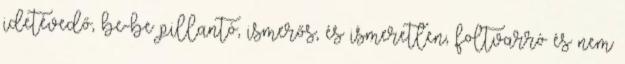
idetévedő, be-be pillantó, ismerős, és ismeretlen, foltvarró és nem